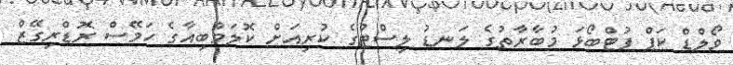
ވޯލްޑް ކަޕް ފުޓްބޯޅަ މުބާރާތުގެ ލަނޑު ލިސްޓުގެ ކުރިއަށް ކޮލަމްބިއާގެ ހަމޭސް ރޮޑްރިގޭޒް